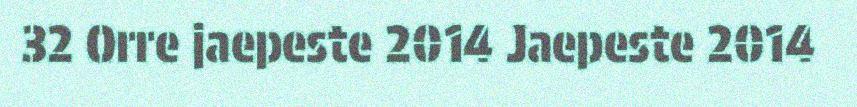
32 Orre jaepeste 2014 Jaepeste 2014